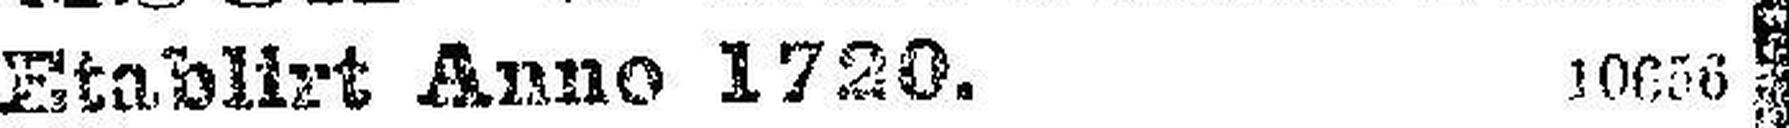
Etablirt Anno 1720. 10656